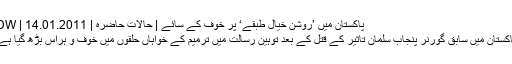
پاکستان میں ’روشن خیال طبقے‘ پر خوف کے سائے | حالات حاضرہ | DW | 14.01.2011
پاکستان میں سابق گورنر پنجاب سلمان تاثیر کے قتل کے بعد توہین رسالت میں ترمیم کے خواہاں حلقوں میں خوف و ہراس بڑھ گیا ہے۔